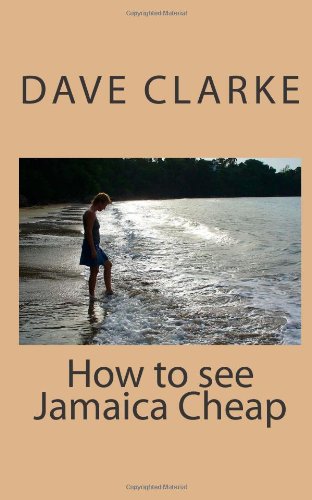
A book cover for How to see Jamaica Cheap: Jamaica is a place and a state of mind. This booklet shatters the myth that one has to to be rich to enjoy Jamaica 100% of ... gifts imaginable; no matter the occasion.; Dave Clarke; Travel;